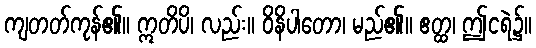
ကျတတ်ကုန်၏။ ဣတိပိ၊ လည်း။ ဝိနိပါတော၊ မည်၏။ ဧတ္ထ၊ ဤငရဲ၌။